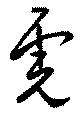
虎